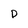
Character: D